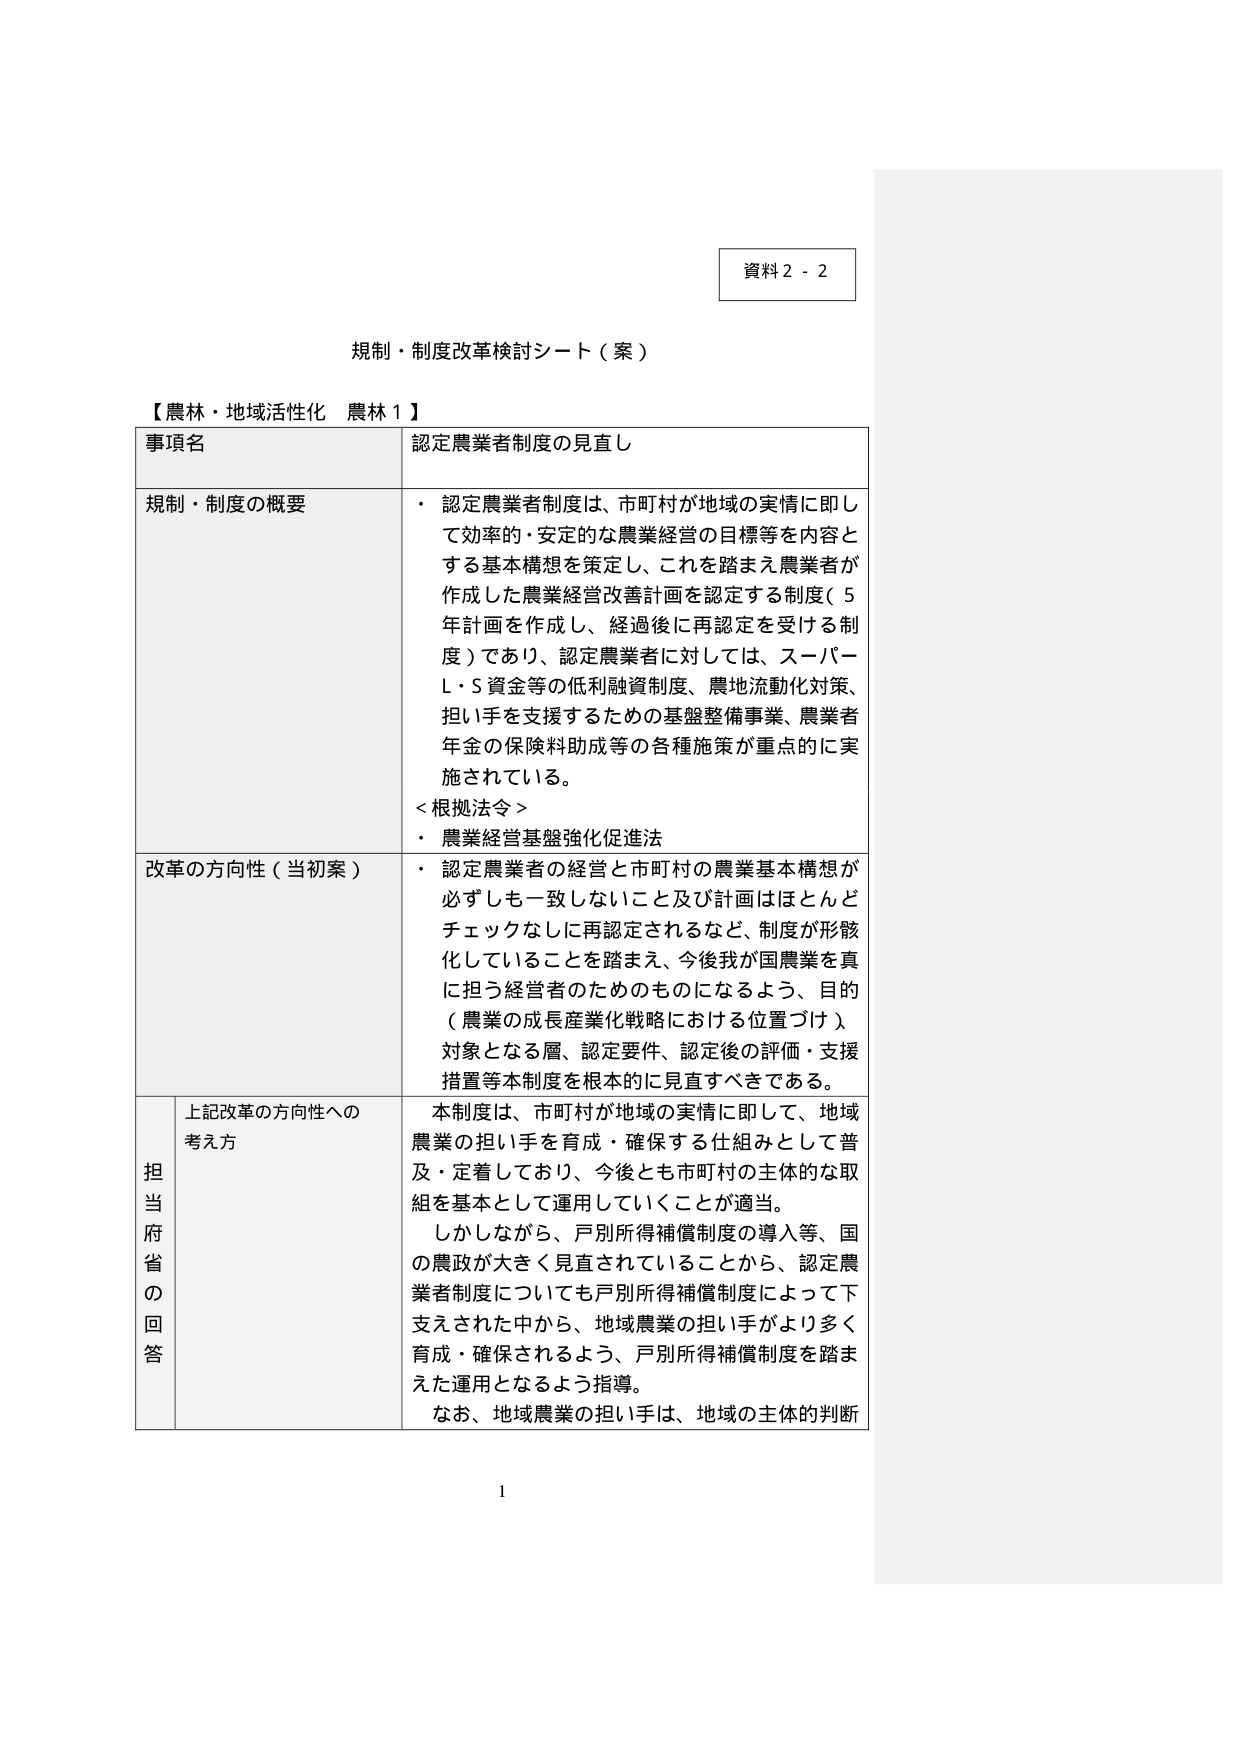
資料２－２

規制・制度改革検討シート（案）

【農林・地域活性化 農林１】

事項名 認定農業者制度の見直し

規制・制度の概要
・ 認定農業者制度は、市町村が地域の実情に即して効率的・安定的な農業経営の目標等を内容とする基本構想を策定し、これを踏まえ農業者が作成した農業経営改善計画を認定する制度（５年計画を作成し、経過後に再認定を受ける制度）であり、認定農業者に対しては、スーパーレス資金等の低利融資制度、農地流動化対策、担い手を支援するための基盤整備事業、農業者年金の保険料助成等の各種施策が重点的に実施されている。
＜根拠法令＞
・ 農業経営基盤強化促進法

改革の方向性（当初案）
・ 認定農業者の経営と市町村の農業基本構想が必ずしも一致しないこと及び計画はほとんどチェックなしに再認定されるなど、制度が形骸化していることを踏まえ、今後我が国農業を真に担う経営者のためのものになるよう、目的（農業の成長産業化戦略における位置づけ）、対象となる層、認定要件、認定後の評価・支援措置等本制度を根本的に見直すべきである。

担当府省の回答
上記改革の方向性への考え方
本制度は、市町村が地域の実情に即して、地域農業の担い手を育成・確保する仕組みとして普及・定着しており、今後とも市町村の主体的な取組を基本として運用していくことが適当。
しかしながら、戸別所得補償制度の導入等、国の農政が大きく見直されていることから、認定農業者制度についても戸別所得補償制度によって下支えされた中から、地域農業の担い手がより多く育成・確保されるよう、戸別所得補償制度を踏まえた運用となるよう指導。
なお、地域農業の担い手は、地域の主体的判断

1